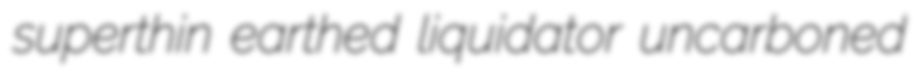
superthin earthed liquidator uncarboned